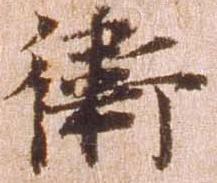
衛